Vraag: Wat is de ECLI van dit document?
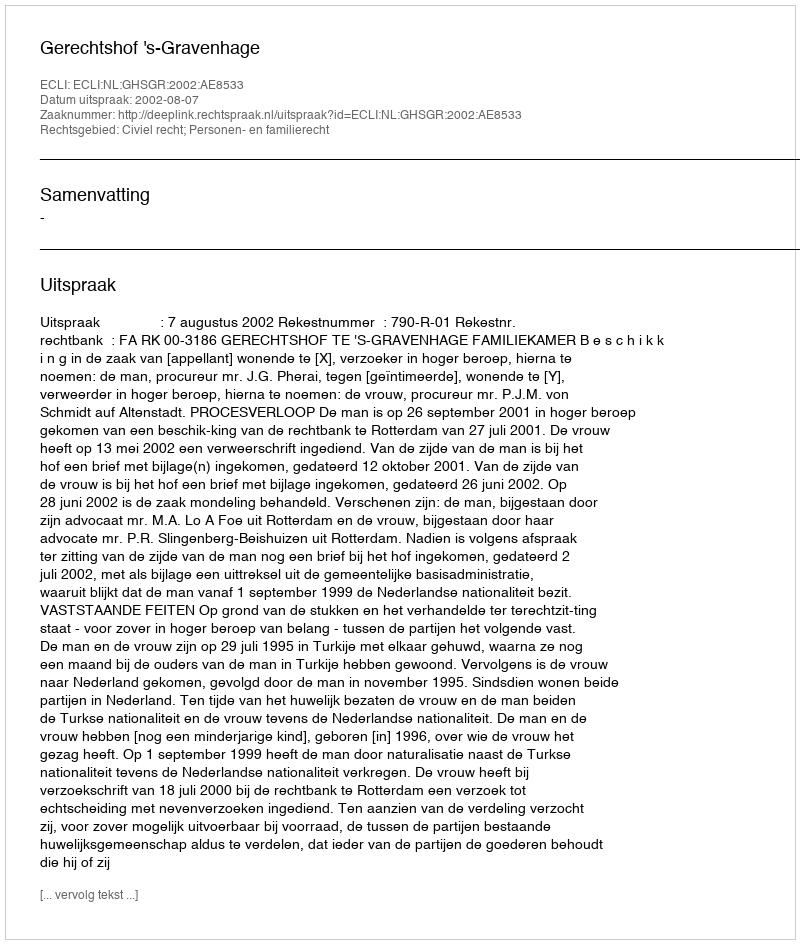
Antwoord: ECLI:NL:GHSGR:2002:AE8533